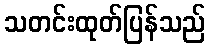
သတင်းထုတ်ပြန်သည်